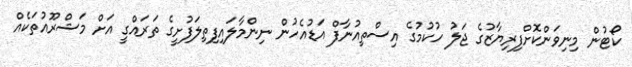
ކޯޓުން މިނިވަންކޮށްފިރިޔާޒުގެ ޖަލު ހުކުމުގެ އިސްތިއުނާފް އަޑުއެހުން ނިންމާލައިފިތިލަފުށީގެ ތަރައްގީ އަށް މަޝްރޫއުތަކެއް